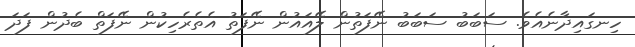
ހިނގައިދާނެއެވެ. ސަބަބު ސަބަބު ނޭފަތުން ލޭއައުން ނޭފަތު އެތެރެހިކުން ނޭފަތް ބެދުން ފަދަ